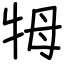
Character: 牳